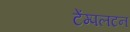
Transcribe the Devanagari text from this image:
टेंम्पलटन